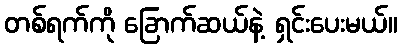
တစ်ရက်ကို ခြောက်ဆယ်နဲ့ ရှင်းပေးမယ်။